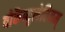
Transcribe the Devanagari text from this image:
वोकैब्युलेरियम्